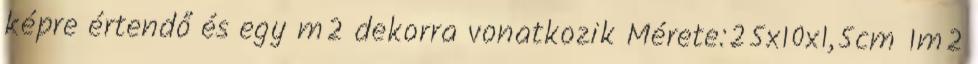
képre értendő és egy m2 dekorra vonatkozik Mérete:25x10x1,5cm 1m2